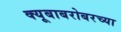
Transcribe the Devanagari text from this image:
क्यूबाबरोबरच्या